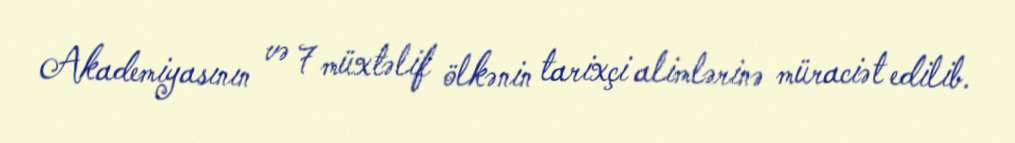
Akademiyasının və 7 müxtəlif ölkənin tarixçi alimlərinə müraciət edilib.